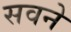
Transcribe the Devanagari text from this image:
सवने